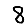
Digit: 8